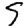
Digit: 5